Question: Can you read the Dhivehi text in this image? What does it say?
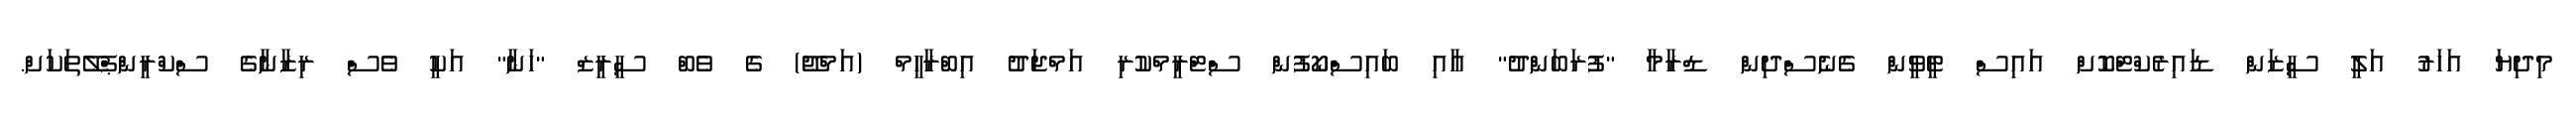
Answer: މިދިޔަ އަހަރު އަލީ ސީޒަން ޑައިރެކްޓްކޮށް އައިސް ޓީވީން ގެނެސްދިން ޑްރާމާ "ފުރަބަންދު" އާއި ބައިސްކޯފުން ސްޓްރީމްކުރި އަމްޖަދު އިބްރާހީމް (އަމްޖޭ) ގެ ވެބް ސީރީޒް "ހަނާ" އަކީ ވެސް ރިޒާނާގެ ސްކްރީންޕްލޭތަކަށް.